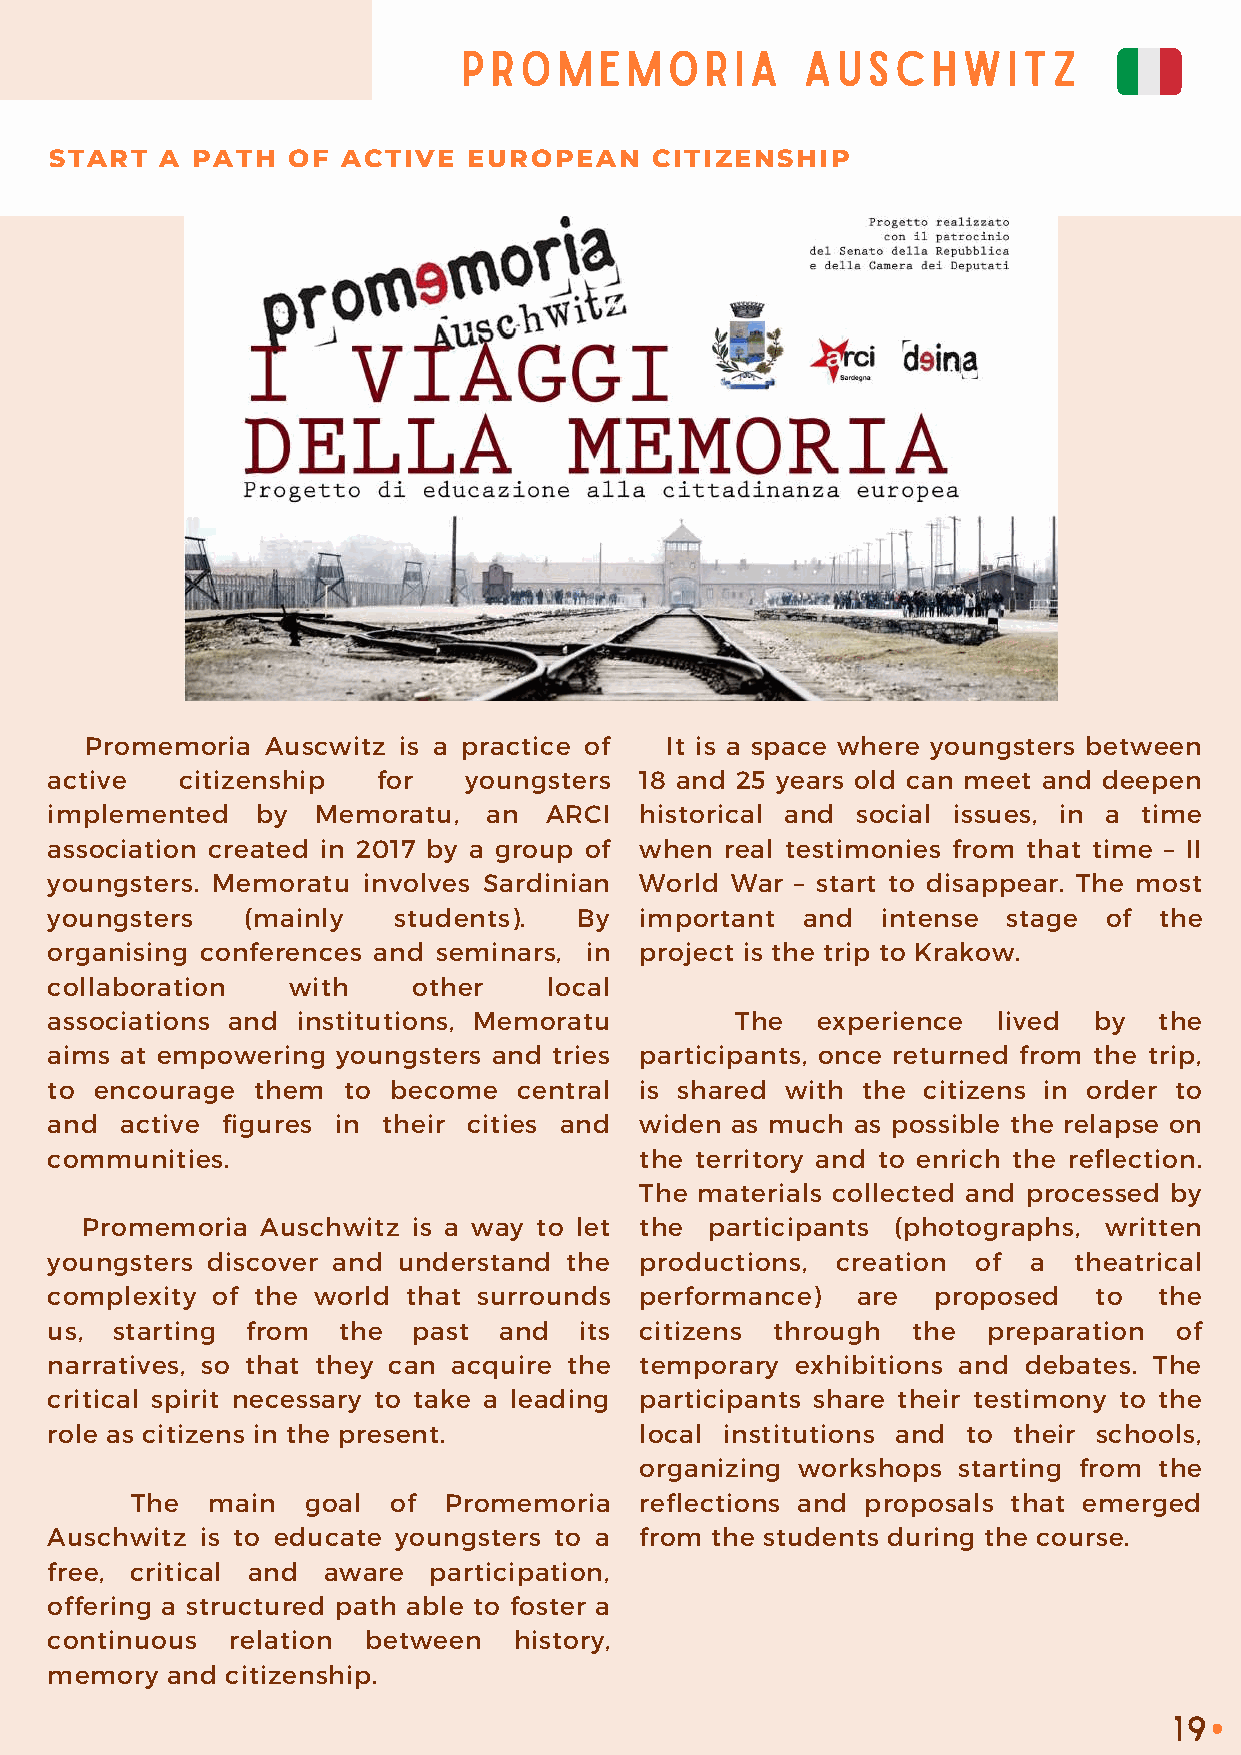
PROMEMORIA            AUSCHWITZ
 START   A PATH  OF  ACTIVE  EUROPEAN    CITIZENSHIP
 Promemoria  Auscwitz is a practice of It is a space where youngsters between
 active   citizenship  for   youngsters 18 and 25 years old can meet and deepen
 implemented   by  Memoratu,  an  ARCI  historical and social issues, in a time
 association created in 2017 by a group of when real testimonies from that time – II
 youngsters. Memoratu involves Sardinian World War – start to disappear. The most
 youngsters   (mainly   students).  By  important  and  intense  stage of  the
 organising conferences and seminars, in project is the trip to Krakow.
 collaboration   with    other    local
 associations and institutions, Memoratu       The  experience  lived by   the
 aims at empowering youngsters and tries participants, once returned from the trip,
 to encourage  them  to become  central is shared with the citizens in order to
 and  active figures in their cities and widen as much as possible the relapse on
 communities.                           the territory and to enrich the reflection.
 The materials collected and processed by
 Promemoria  Auschwitz is a way to let the participants (photographs, written
 youngsters discover and understand the productions, creation  of a  theatrical
 complexity of the world that surrounds performance)   are  proposed  to   the
 us, starting from  the  past  and  its citizens through  the  preparation  of
 narratives, so that they can acquire the temporary exhibitions and debates. The
 critical spirit necessary to take a leading participants share their testimony to the
 role as citizens in the present.       local institutions and to their schools,
 organizing workshops starting from the
 The  main  goal  of Promemoria   reflections and proposals that emerged
 Auschwitz is to educate youngsters to a from the students during the course.
 free, critical and aware participation,
 offering a structured path able to foster a
 continuous  relation between   history,
 memory  and citizenship.
 19
 •